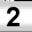
Digit: 2